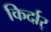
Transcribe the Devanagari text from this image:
किर्दार्